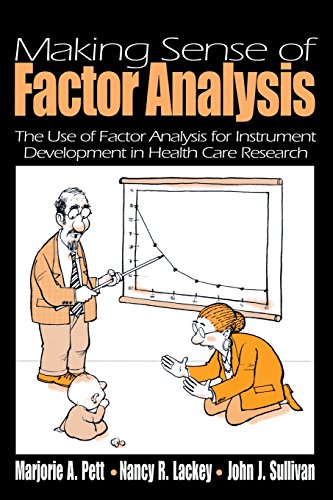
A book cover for Making Sense of Factor Analysis: The Use of Factor Analysis for Instrument Development in Health Care Research; Marjorie (Marg) A. Pett; Medical Books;